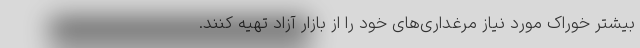
بیشتر خوراک مورد نیاز مرغداری‌های خود را از بازار آزاد تهیه کنند.